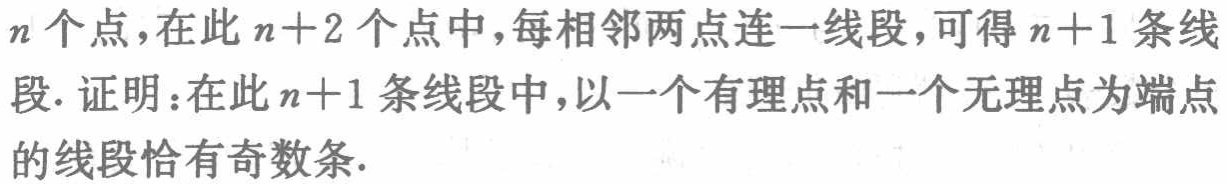
\(n\)个点，在此\(n + 2\)个点中，每相邻两点连一线段，可得\(n + 1\)条线段. 证明：在此\(n + 1\)条线段中，以一个有理点和一个无理点为端点的线段恰有奇数条.